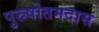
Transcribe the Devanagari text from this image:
पुरुषोतमदास